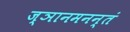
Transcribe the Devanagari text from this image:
ज्ञानमनन्तं